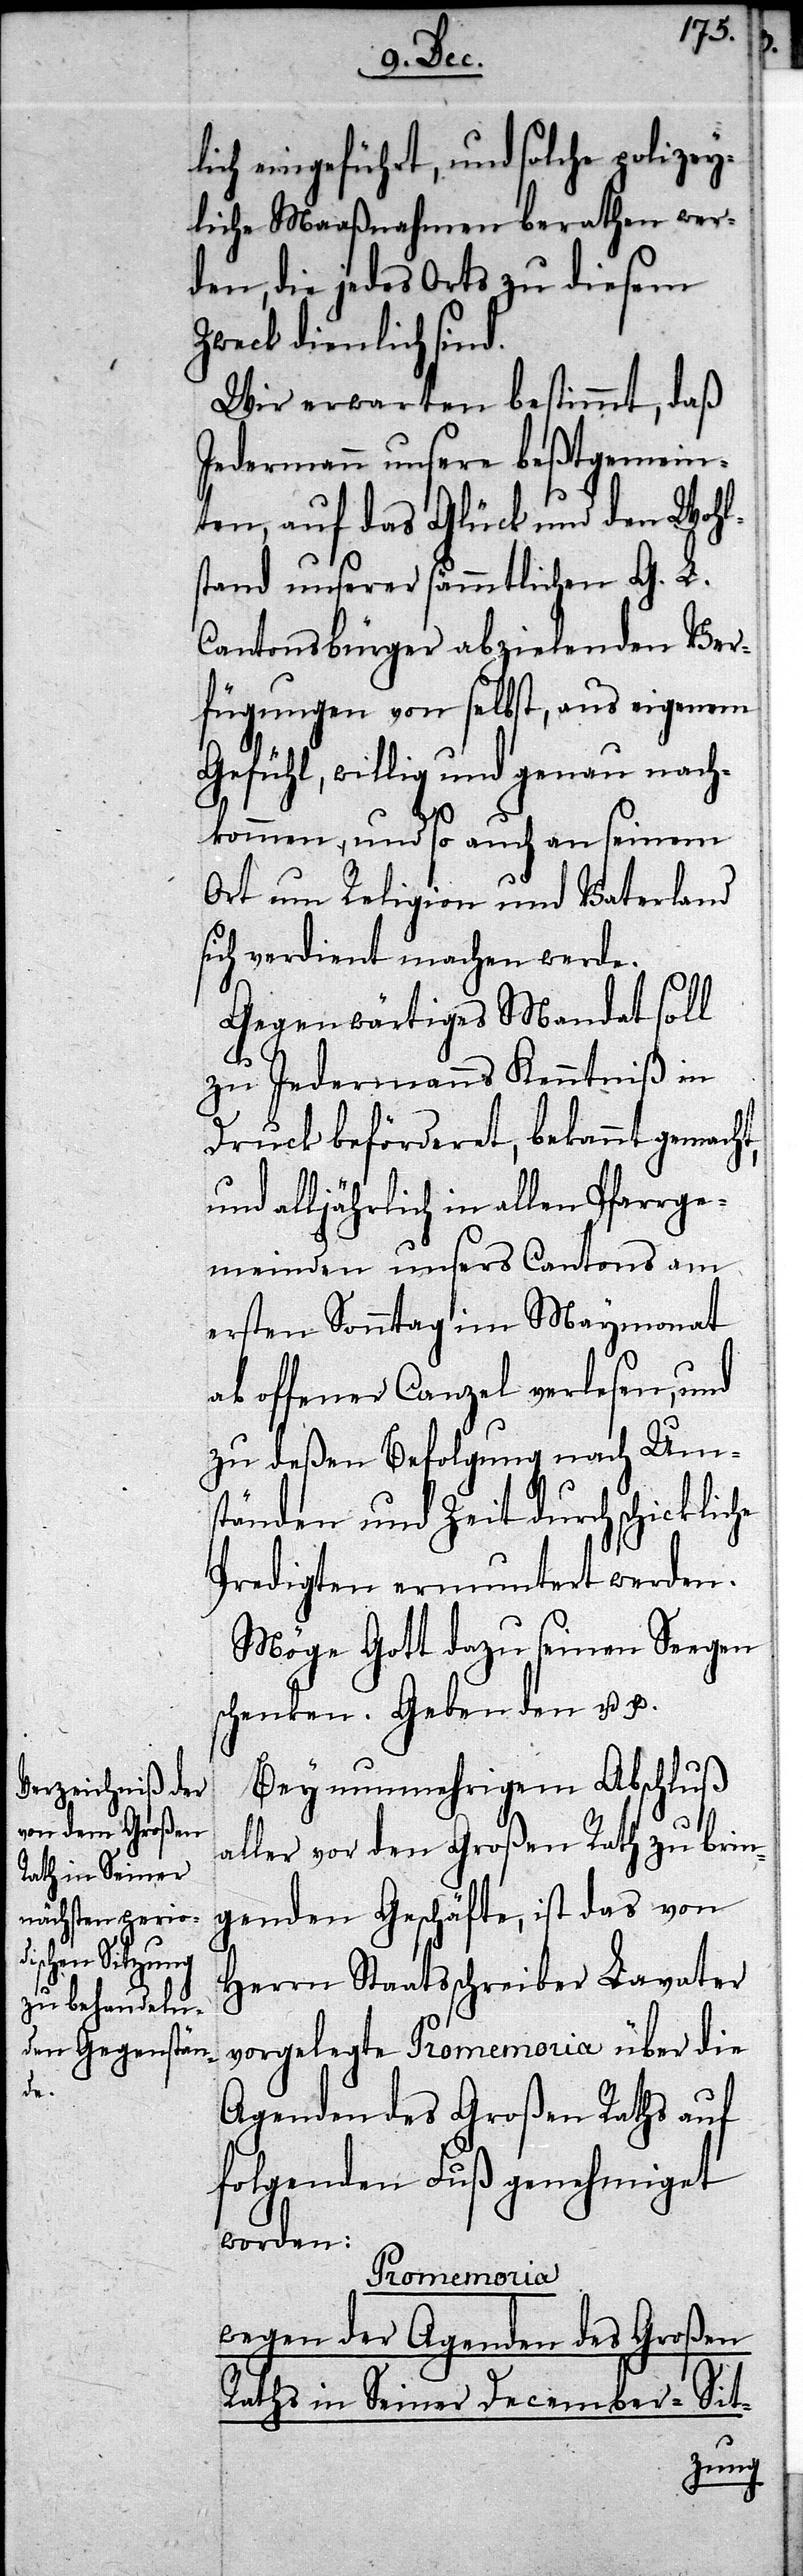
lich eingeführt, und solche polizey¬
liche Maaßnahmen berathen wer¬
den, die jedes Orts zu diesem
Zweck dienlich sind.
Wir erwarten bestimmt, daß
Jedermann unsere beßtgemein¬
ten, auf das Glück und den Wohl¬
stand unserer sämmtlichen G. L.
Cantonsbürger abzielenden Ver¬
fügungen von selbst, aus eigenem
Gefühl, willig und genau nach¬
kommen, und so auch an seinem
Ort um Religion und Vaterland
sich verdient machen werde.
Gegenwärtiges Mandat soll
zu Jedermanns Kenntniß, in
Druck beförderet, bekannt gemacht,
und alljährlich in allen Pfarrge¬
meinden unsers Cantons am
ersten Sonntag im Maymonat
ab offener Kanzel verlesen, und
zu deßen Befolgung nach Um¬
ständen und Zeit durch schickliche
Predigten ermuntert werden.
Möge Gott dazu seinen Seegen
schenken! Geben den etc.
Bey nunmehrigem Abschluß
aller vor den Großen Rath zu brin¬
genden Geschäfte, ist das von
Herrn Staatsschreiber Lavater
vorgelegte Promemoria über die
Agenden des Großen Raths auf
folgenden Fuß genehmiget
worden:
Promemoria
wegen der Agenden des Großen
it-
Raths in Seiner December-S¬